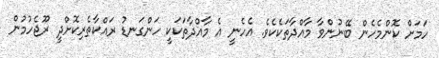
ހަމަށް ކޮންމެހެން ބޭނުންވާ މާއްދާތަކެކެވެ. އެހެނީ އެ މާއްދާތަކަކީ ހަންގަނޑު ރައްކާތެރިކޮށްދީ ރޫޖެހުމުން